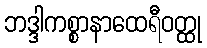
ဘဒ္ဒါကစ္စာနာထေရီဝတ္ထု